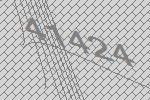
41424